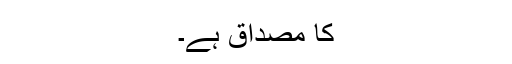
کا مصداق ہے۔